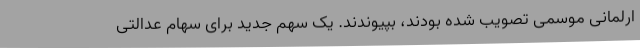
ارلمانی موسمی تصویب شده بودند، بپیوندند. یک سهم جدید برای سهام عدالتی